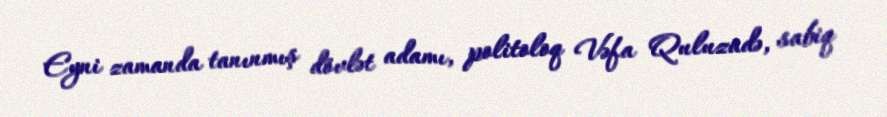
Eyni zamanda tanınmış dövlət adamı, politoloq Vəfa Quluzadə, sabiq